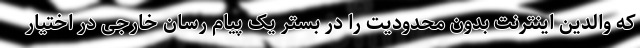
که والدین اینترنت بدون محدودیت را در بستر یک پیام رسان خارجی در اختیار